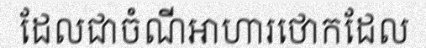
ដែលជាចំណីអាហារថោកដែល